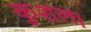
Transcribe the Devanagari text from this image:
कुशल।